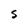
Character: 5